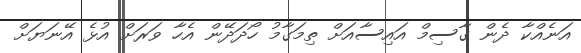
އަނެއްކާ ދެން ގާސިމް އައިސާއަށް ތިމަގާމު ހޯދަދޭން އެހާ ވަރަށް އުޅެ އޭނަޔަށް